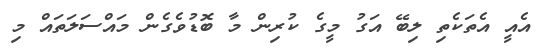
އެއީ އެތަކެތި ލިބޭ އަގު މީގެ ކުރިން މާ ބޮޑުވެގެން މައްސަލަތައް މި